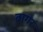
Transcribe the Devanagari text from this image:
बागर